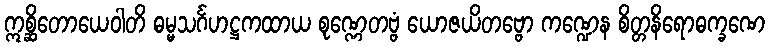
ဣစ္ဆိတောယေဝါတိ ဓမ္မသင်္ဂဟဋ္ဌကထာယ စုဏ္ဏေတဗ္ဗံ ယောဇယိတဗ္ဗော ကဏ္ဍေန စိတ္တနိရောဓက္ခဏေ